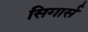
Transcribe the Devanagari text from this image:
सिगार्स